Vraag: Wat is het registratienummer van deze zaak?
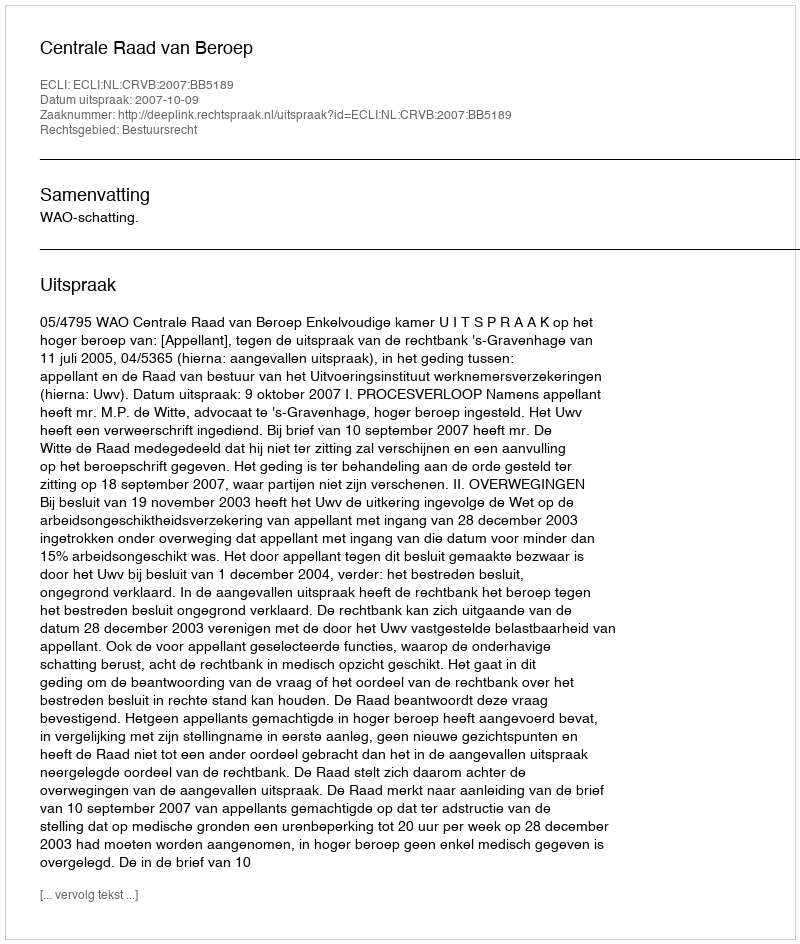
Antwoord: http://deeplink.rechtspraak.nl/uitspraak?id=ECLI:NL:CRVB:2007:BB5189